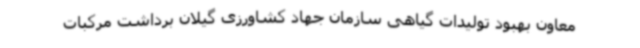
معاون بهبود تولیدات گیاهی سازمان جهاد کشاورزی گیلان برداشت مرکبات